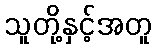
သူတို့နှင့်အတူ